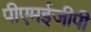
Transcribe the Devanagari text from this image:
पीएमईजीपी